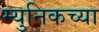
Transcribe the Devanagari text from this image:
म्युनिकच्या